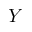
Y